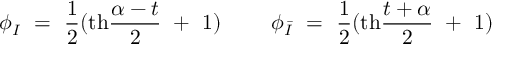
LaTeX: \phi _ { I } ~ = ~ { \frac { 1 } { 2 } } ( \mathrm { t h } { \frac { \alpha - t } { 2 } } ~ + ~ 1 ) ~ ~ ~ ~ ~ ~ ~ \phi _ { \bar { I } } ~ = ~ { \frac { 1 } { 2 } } ( \mathrm { t h } { \frac { t + \alpha } { 2 } } ~ + ~ 1 )